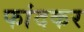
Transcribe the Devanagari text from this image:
फांदकर